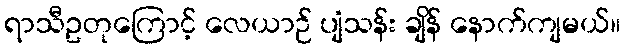
ရာသီဥတုကြောင့် လေယာဉ် ပျံသန်း ချိန် နောက်ကျမယ်။